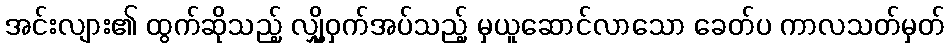
အင်းလျား၏ ထွက်ဆိုသည့် လျှို့ဝှက်အပ်သည့် မှယူဆောင်လာသော ခေတ်ပ ကာလသတ်မှတ်